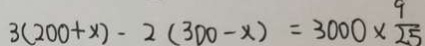
3 ( 2 0 0 + x ) - 2 ( 3 0 0 - x ) = 3 0 0 0 \times \frac { 9 } { 2 5 }